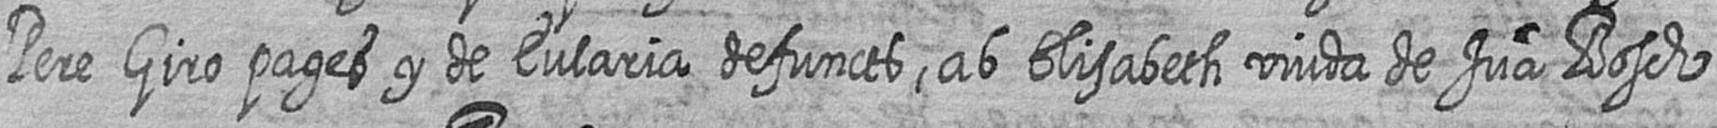
Pere Giro pages y de Eularia defuncts ab Elisabeth viuda de Jua Bosch